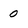
Character: 0